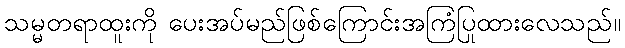
သမ္မတရာထူးကို ပေးအပ်မည်ဖြစ်ကြောင်းအကြံပြုထားလေသည်။